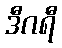
ဒီဂရီ